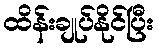
ထိန်းချုပ်နိုင်ပြီး